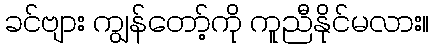
ခင်ဗျား ကျွန်တော့်ကို ကူညီနိုင်မလား။